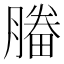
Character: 𣎒